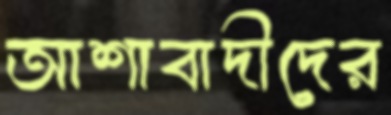
আশাবাদীদের